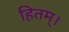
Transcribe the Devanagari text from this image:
हितम्।